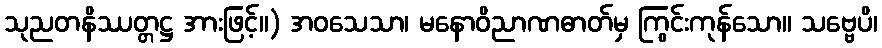
သုညတနိဿတ္တဋ္ဌ အားဖြင့်။) အဝသေသာ၊ မနောဝိညာဏဓာတ်မှ ကြွင်းကုန်သော။ သဗ္ဗေပိ၊